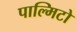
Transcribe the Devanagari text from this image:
पाल्मिटो